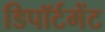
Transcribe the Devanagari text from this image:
डिपॉर्टमेंट